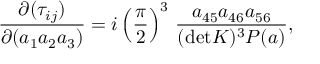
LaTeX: { \frac { \partial ( \tau _ { i j } ) } { \partial ( a _ { 1 } a _ { 2 } a _ { 3 } ) } } = i \left( \frac { \pi } { 2 } \right) ^ { 3 } \, { \frac { a _ { 4 5 } a _ { 4 6 } a _ { 5 6 } } { ( \mathrm { d e t } K ) ^ { 3 } P ( a ) } } ,